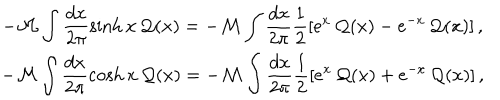
LaTeX: \begin{array} { c } { { \displaystyle - { \cal M } \displaystyle \int \displaystyle \frac { d x } { 2 \pi } \sinh x \, { \cal Q } ( x ) = - { \cal M } \displaystyle \int \displaystyle \frac { d x } { 2 \pi } \displaystyle \frac { 1 } { 2 } [ e ^ { x } \, { \cal Q } ( x ) - e ^ { - x } \, { \cal Q } ( x ) ] \, , } } \\ { { - { \cal M } \displaystyle \int \displaystyle \frac { d x } { 2 \pi } \cosh x \, { \cal Q } ( x ) = - { \cal M } \displaystyle \int \displaystyle \frac { d x } { 2 \pi } \displaystyle \frac { 1 } { 2 } [ e ^ { x } \, { \cal Q } ( x ) + e ^ { - x } \, { \cal Q } ( x ) ] \, , } } \\ \end{array}